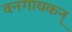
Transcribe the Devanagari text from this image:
वनगायकन्